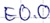
Text: E0.0